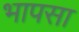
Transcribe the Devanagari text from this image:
भापसा